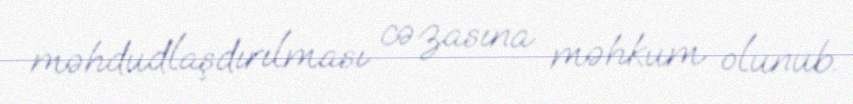
məhdudlaşdırılması cəzasına məhkum olunub.